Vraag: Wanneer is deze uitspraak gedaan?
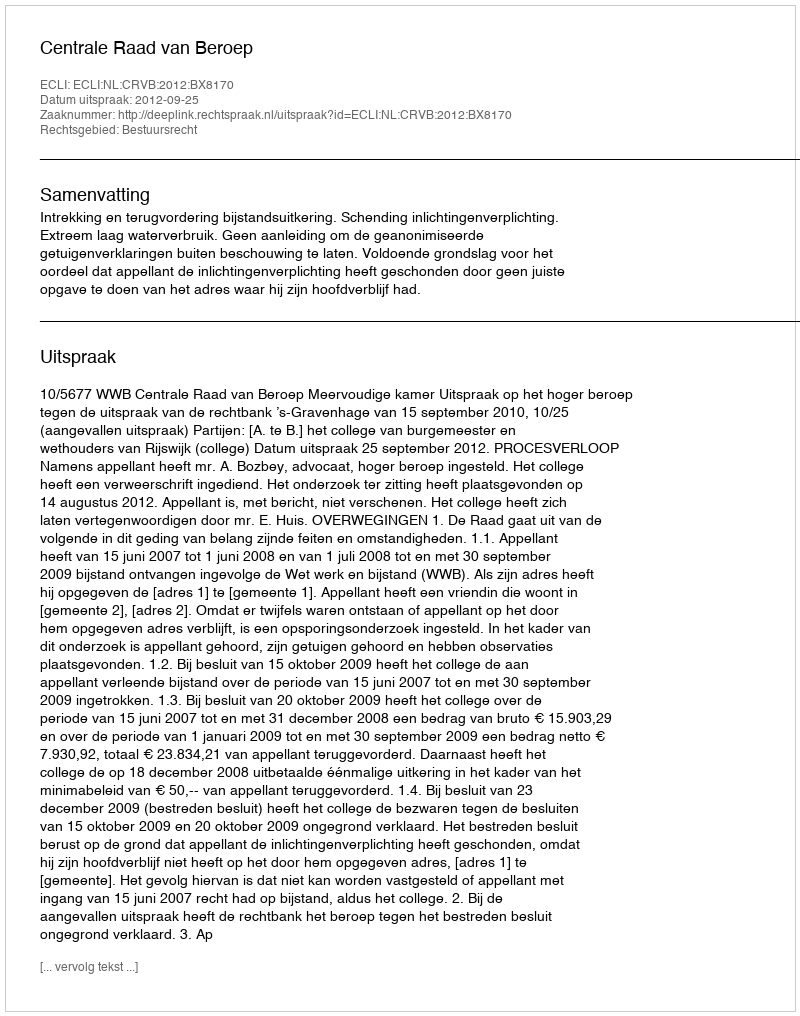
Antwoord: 2012-09-25